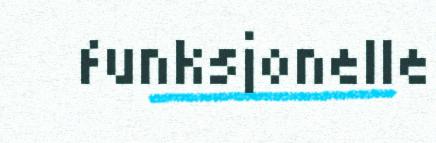
funksjonelle